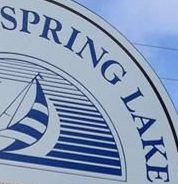
SPRING LAKE